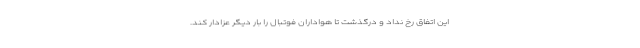
این اتفاق رخ نداد و درگذشت تا هواداران فوتبال را بار دیگر عزادار کند.